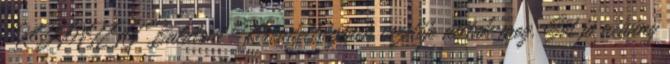
KDTVIZIG Balatoni Kirendeltségének vezetője álltak meg. Sőt jó néhány